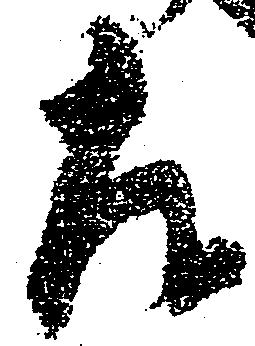
左